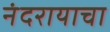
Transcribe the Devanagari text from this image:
नंदरायाचा